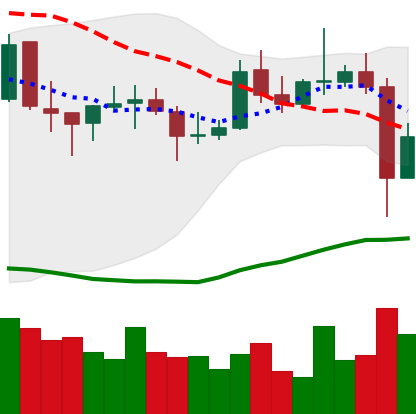
Ticker: EOS-USD
Chart end date: 2021-10-28
Forward return: 6.564%
Label: up_5_7